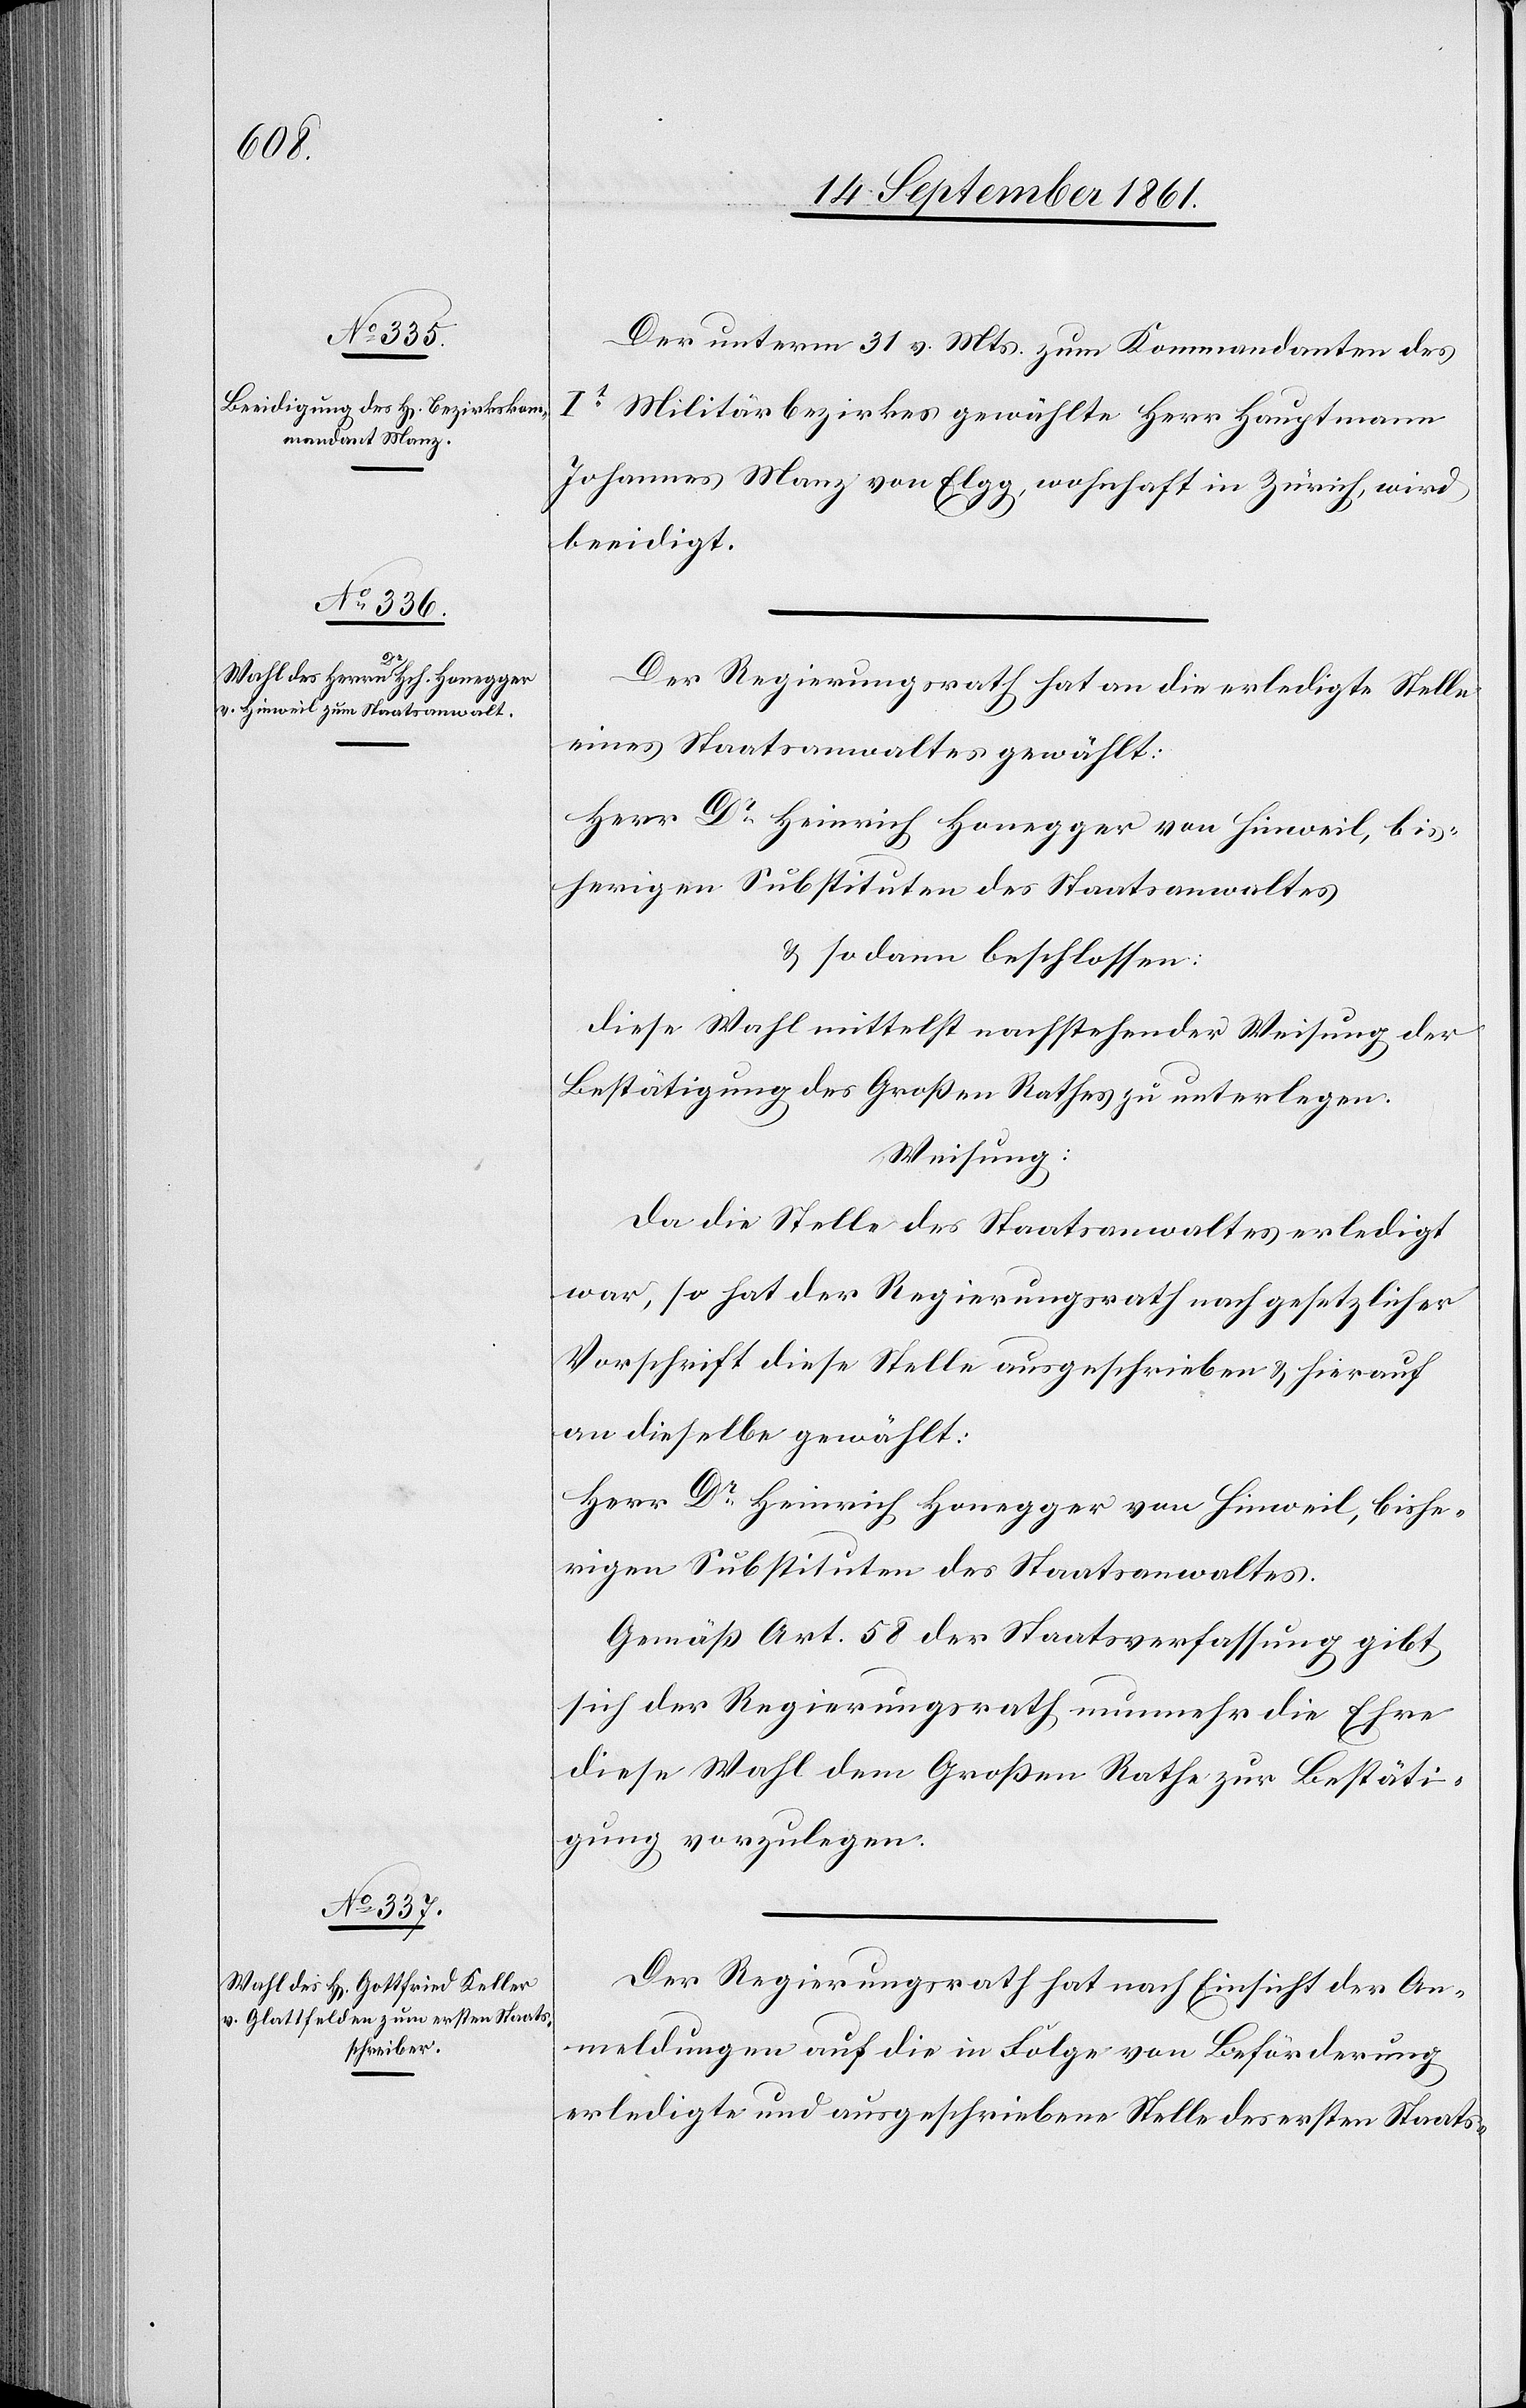
Der unterm 31 v. Mts. zum Kommandanten des
It Militärbezirkes gewählte Herr Hauptmann
Johannes Manz von Elgg, wohnhaft in Zürich, wird
beeidigt.
Der Regierungsrath hat an die erledigte Stelle
eines Staatsanwaltes gewählt:
Herr Dr Heinrich Honegger von Hinweil, bis¬
herigen Substituten des Staatsanwaltes
u. sodann beschlossen:
diese Wahl mittelst nachstehender Weisung der
Bestätigung des Großen Rathes zu unterlegen.
Weisung:
Da die Stelle des Staatsanwaltes erledigt
war, so hat der Regierungsrath nach gesetzlicher
Vorschrift diese Stelle ausgeschrieben u. hierauf
an dieselbe gewählt:
Herr Dr Heinrich Honegger von Hinweil, bishe¬
rigen Substituten des Staatsanwaltes.
Gemäß Art. 58 der Staatsverfassung gibt
sich der Regierungsrath nunmehr die Ehre
diese Wahl dem Großen Rathe zur Bestäti¬
gung vorzulegen.
Der Regierungsrath hat nach Einsicht der An¬
meldungen auf die in Folge von Beförderung
erledigte und ausgeschriebene Stelle des ersten Staats-